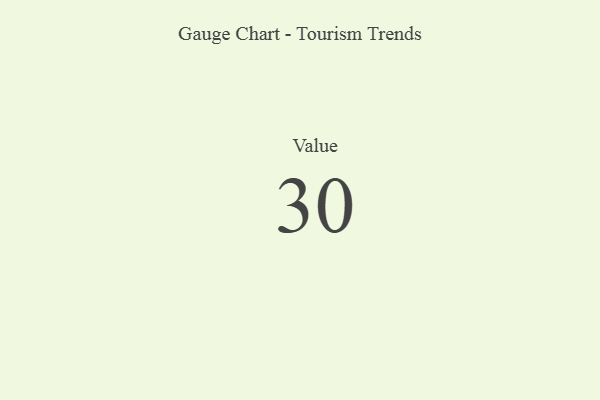
{"axis": {"x": "Metric", "y": "Value"}, "legend": [""], "data": [{"x": "Value", "y": 30, "type": ""}]}